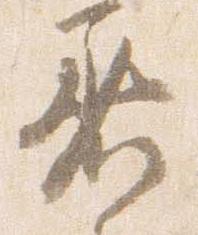
着